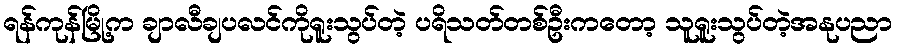
ရန်ကုန်မြို့က ချာလီချပလင်ကိုရူးသွပ်တဲ့ ပရိသတ်တစ်ဦးကတော့ သူရူးသွပ်တဲ့အနုပညာ